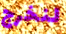
لنخرج